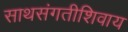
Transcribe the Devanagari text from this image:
साथसंगतीशिवाय